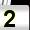
Digit: 2